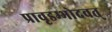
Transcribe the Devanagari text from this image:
प्रावृडम्भोदवत्